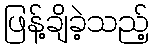
ဖြန့်ချိခဲ့သည့်